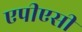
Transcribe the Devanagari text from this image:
एपीएसी